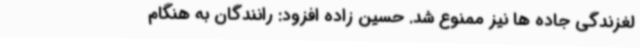
لغزندگی جاده ها نیز ممنوع شد. حسین زاده افزود: رانندگان به هنگام